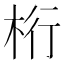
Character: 桁